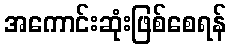
အကောင်းဆုံးဖြစ်စေရန်